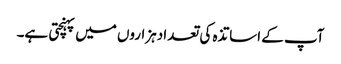
آپ کے اساتذہ کی تعدا دہزاروں میں پہنچتی ہے۔